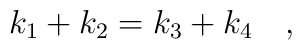
k_1 + k_2 = k_3 + k_4 \quad ,